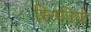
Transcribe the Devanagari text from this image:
स्सिपियो